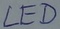
Text: LED